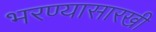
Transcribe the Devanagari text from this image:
भरण्यासारखी